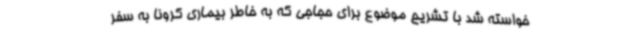
خواسته شد با تشریح موضوع برای حجاجی که به خاطر بیماری کرونا به سفر